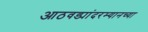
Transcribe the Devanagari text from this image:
आठवड्यांदरम्यानच्या